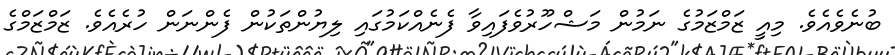
ބުނެވެއެވެ. މިއީ ޒަމްޒަމުގެ ނަމުން މަޝްހޫރުވެފައިވާ ފެނެއްކަމުގައި ލިޔުންތަކުން ފެންނަން ހުރެއެވެ. ޒަމްޒަމްގެ